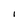
Character: I